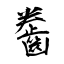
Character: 齤